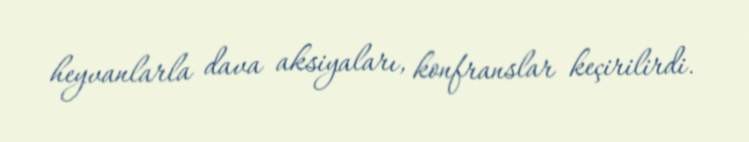
heyvanlarla dava aksiyaları, konfranslar keçirilirdi.